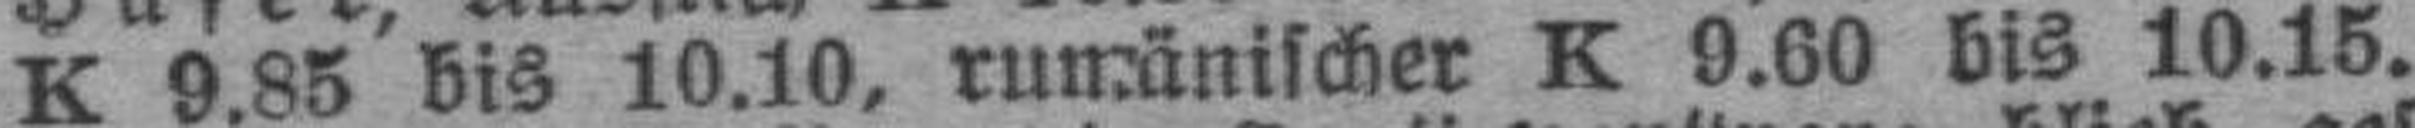
K 9.85 bis 10.10, runmänischer K 9.60 bis 10.15.